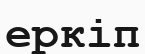
еркіп